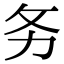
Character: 务